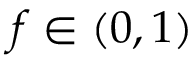
f \in ( 0 , 1 )